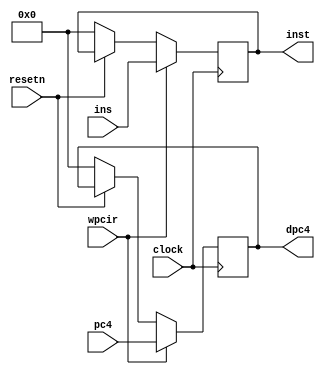
module pipeir (pc4,ins,wpcir,clock,resetn,dpc4,inst);
	input [31:0] pc4,ins;
	input wpcir,clock,resetn;
	output [31:0] dpc4,inst;
	
	reg [31:0] reg_pc4,reg_ins;
	assign dpc4 = reg_pc4;
	assign inst = reg_ins;
	always@(posedge clock)
		begin
			if (resetn==0)
				begin
					reg_ins<=32'h0;
					reg_pc4<=32'h0;
				end
				
			if (wpcir)
				begin
					reg_ins<=ins;
					reg_pc4<=pc4;
				end
		end
endmodule